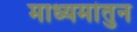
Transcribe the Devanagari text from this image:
माध्यमांतुन